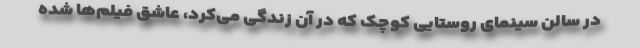
در سالن سینمای روستایی کوچک که در آن زندگی می‌کرد، عاشق فیلم‌ها شده